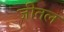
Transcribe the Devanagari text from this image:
जीतल